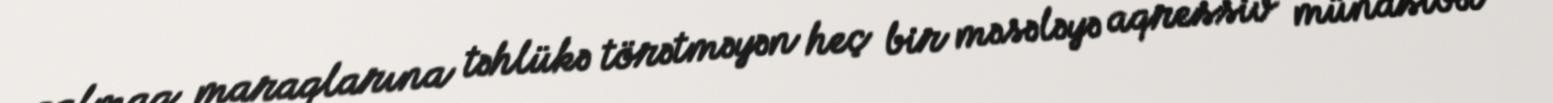
qalmaq maraqlarına təhlükə törətməyən heç bir məsələyə aqressiv münasibət